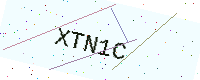
Text: XTN1C